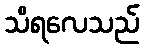
သိရလေသည်